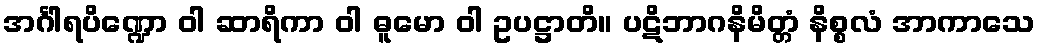
အင်္ဂါရပိဏ္ဍော ဝါ ဆာရိကာ ဝါ ဓူမော ဝါ ဥပဋ္ဌာတိ။ ပဋိဘာဂနိမိတ္တံ နိစ္စလံ အာကာသေ